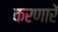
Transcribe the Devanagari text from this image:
करणारें